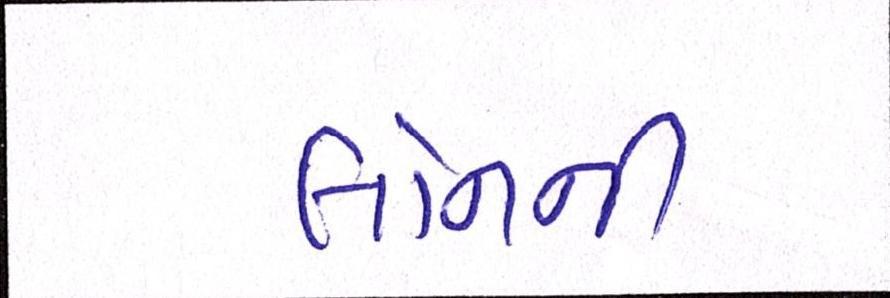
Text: લોનની